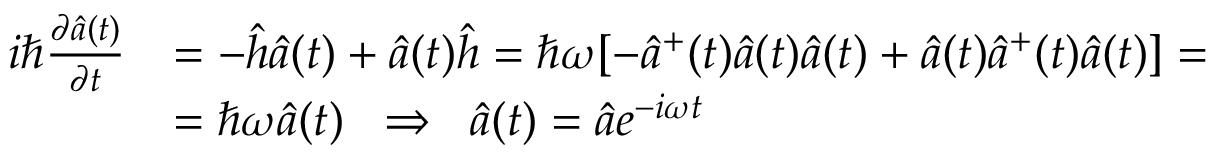
\begin{array} { r l } { i \hbar \frac { \partial \hat { a } ( t ) } { \partial t } } & { = - \hat { h } \hat { a } ( t ) + \hat { a } ( t ) \hat { h } = \hbar \omega [ - \hat { a } ^ { + } ( t ) \hat { a } ( t ) \hat { a } ( t ) + \hat { a } ( t ) \hat { a } ^ { + } ( t ) \hat { a } ( t ) ] = } \\ & { = \hbar \omega \hat { a } ( t ) \; \; \Rightarrow \; \; \hat { a } ( t ) = \hat { a } e ^ { - i \omega t } } \end{array}